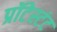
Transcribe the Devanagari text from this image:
प्रॉटेस्टंट